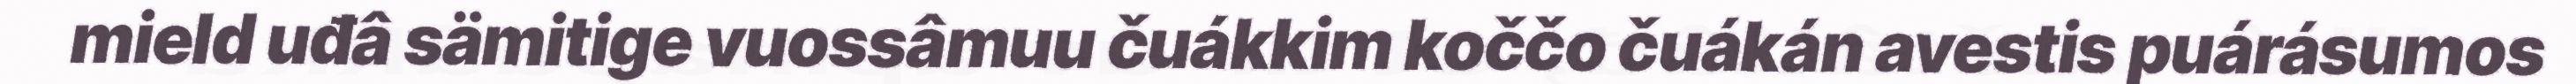
mield uđâ sämitige vuossâmuu čuákkim koččo čuákán avestis puárásumos